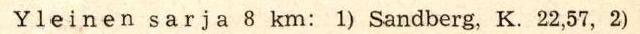
Yleinen sarja 8 km: 1) Sandberg,K. 22,57, 2)